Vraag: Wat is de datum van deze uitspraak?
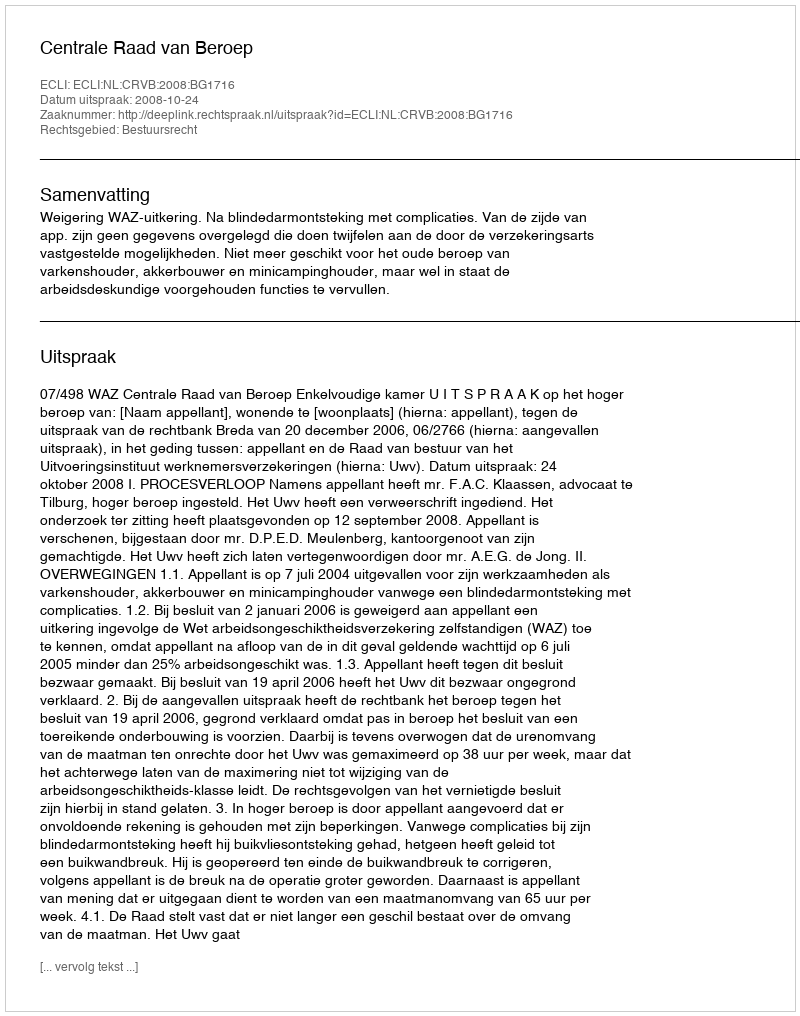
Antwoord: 2008-10-24